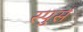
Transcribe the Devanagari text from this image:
स्पुर्स